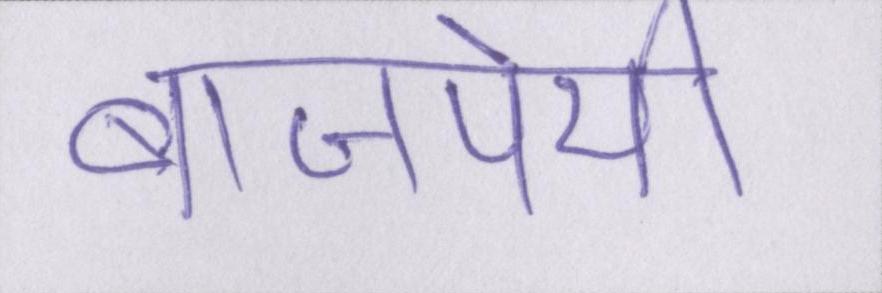
बाजपेयी